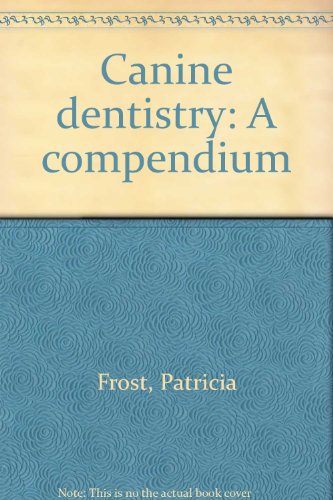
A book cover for Canine dentistry: A compendium; Patricia Frost; Medical Books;